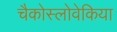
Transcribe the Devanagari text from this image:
चैकोस्लोवेकिया